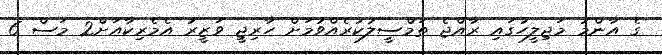
ގެ އާންމު މަޖިލީހުގައި ރާއްޖެ ތަމްސީލުކުރެއްވުމަށް ހާރިޖީ ވަޒީރު އެމެރިކާއަށް2 މަސް 6